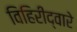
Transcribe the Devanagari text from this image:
विहिरीद्वारे